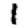
Digit: 1